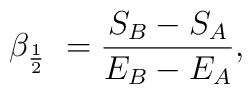
\beta_{{1\over 2}} \ = {{S_{B}-S_{A}}\over E_{B}-E_{A}},